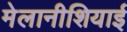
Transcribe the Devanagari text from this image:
मेलानीशियाई